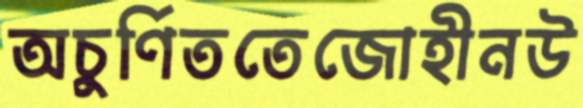
অচুর্ণিততেজোহীনউ